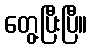
တွေ့ပြီးပြီ။